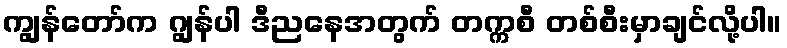
ကျွန်တော်က ဂျွန်ပါ ဒီညနေအတွက် တက္ကစီ တစ်စီးမှာချင်လို့ပါ။